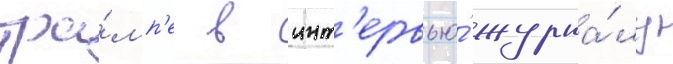
тра́мп'е в инт'ервью́ журна́лу